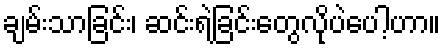
ချမ်းသာခြင်း၊ ဆင်းရဲခြင်းတွေလိုပဲပေါ့ဟာ။